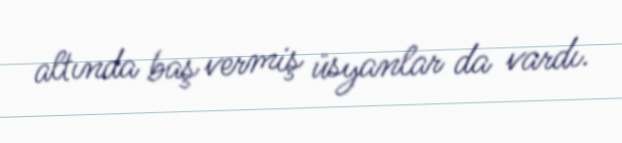
altında baş vermiş üsyanlar da vardı.